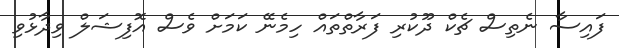
ފައިސާ ނެތިސް ޗެކް ދޫކުރި ފަރާތްތައް ހިމެނޭ ކަމަށް ވެސް އޮފިޝަލް ވިދާޅުވި